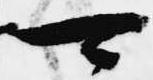
可